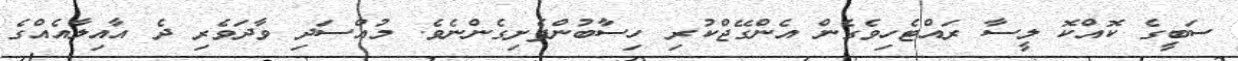
ސަބީގެ ކޮއްކޮ ލީސާ ރައްޓެހިވެގެން އެންގޭޖްކުރި ހިސާބުންފެށިގެންނެވެ. މުއްސަދި ވާދަވެރި ދެ އާއިލާއެއްގެ